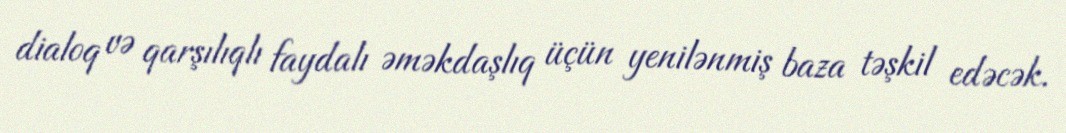
dialoq və qarşılıqlı faydalı əməkdaşlıq üçün yenilənmiş baza təşkil edəcək.